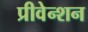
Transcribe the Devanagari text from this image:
प्रीवेन्शन